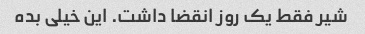
شیر فقط یک روز انقضا داشت. این خیلی بده